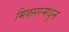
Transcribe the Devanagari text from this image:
मिक्सरमधून